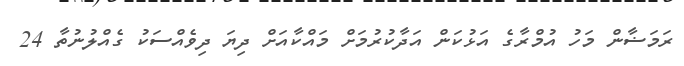
ރަމަޟާން މަހު އުމްރާގެ އަޅުކަން އަދާކުރުމަށް މައްކާއަށް ދިޔަ ދިވެއްސަކު ގެއްލުނުތާ 24